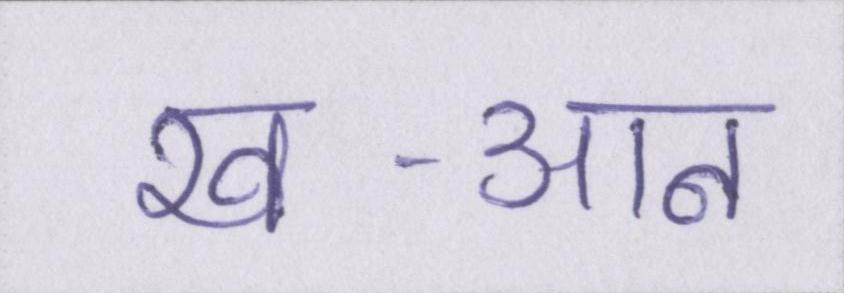
ख-आन